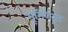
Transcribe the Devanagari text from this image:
भूमिकेसह